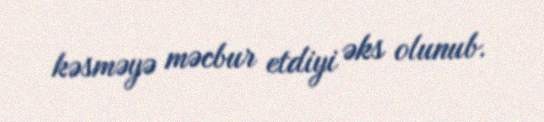
kəsməyə məcbur etdiyi əks olunub.